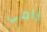
رامي